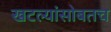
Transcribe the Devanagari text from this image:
खटल्यांसोबतच